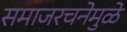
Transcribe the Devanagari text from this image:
समाजरचनेमुळे